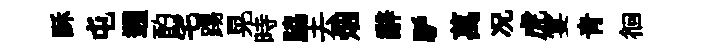
酥屯遡酌宅踢晃時脇去烟辭馿萬况虎宴青徊